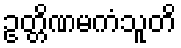
ဥတ္တိဏမကံသူတိ